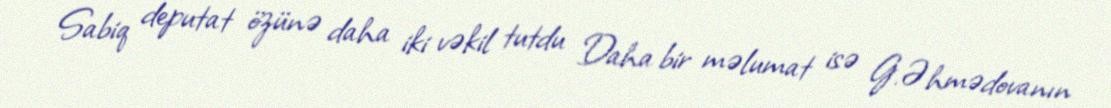
Sabiq deputat özünə daha iki vəkil tutdu Daha bir məlumat isə G.Əhmədovanın